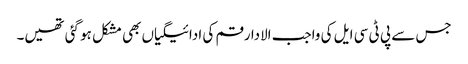
جس سے پی ٹی سی ایل کی واجب الادا رقم کی ادائیگیاں بھی مشکل ہو گئی تھیں۔